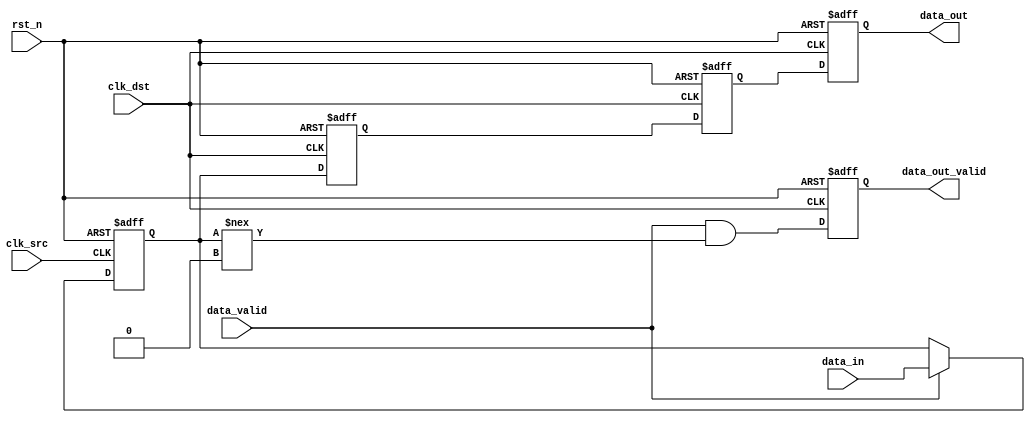
module memory_blocks_pipeline_synchronizer #(
    parameter DATA_WIDTH = 8,      // Width of the data bus
    parameter PIPELINE_STAGES = 2   // Number of pipeline stages
)(
    input wire clk_src,             // Source clock
    input wire clk_dst,             // Destination clock
    input wire rst_n,               // Asynchronous reset (active low)
    input wire [DATA_WIDTH-1:0] data_in, // Data input from source clock domain
    input wire data_valid,          // Valid signal for input data
    output reg [DATA_WIDTH-1:0] data_out, // Synchronized data output
    output reg data_out_valid       // Valid signal for output data
);

    // Internal registers for data storage
    reg [DATA_WIDTH-1:0] data_reg_src;
    reg [DATA_WIDTH-1:0] data_reg_dst [0:PIPELINE_STAGES-1]; // Pipeline registers

    // Synchronize data from source clock domain to destination clock domain
    always @(posedge clk_src or negedge rst_n) begin
        if (!rst_n) begin
            data_reg_src <= 0;
        end else if (data_valid) begin
            data_reg_src <= data_in; // Capture data on clk_src
        end
    end

    // Pipeline stages in the destination clock domain
    integer i;
    always @(posedge clk_dst or negedge rst_n) begin
        if (!rst_n) begin
            data_out <= 0;
            data_out_valid <= 0;
            for (i = 0; i < PIPELINE_STAGES; i = i + 1) begin
                data_reg_dst[i] <= 0; // Clear pipeline registers
            end
        end else begin
            // Shift data through the pipeline
            data_reg_dst[0] <= data_reg_src; // First stage
            for (i = 1; i < PIPELINE_STAGES; i = i + 1) begin
                data_reg_dst[i] <= data_reg_dst[i-1]; // Shift data through stages
            end
            
            // Output the final stage data
            data_out <= data_reg_dst[PIPELINE_STAGES-1];
            data_out_valid <= (data_valid && (data_reg_src !== 0)); // Indicate valid output
        end
    end

endmodule